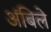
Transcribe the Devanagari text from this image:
अंबिले